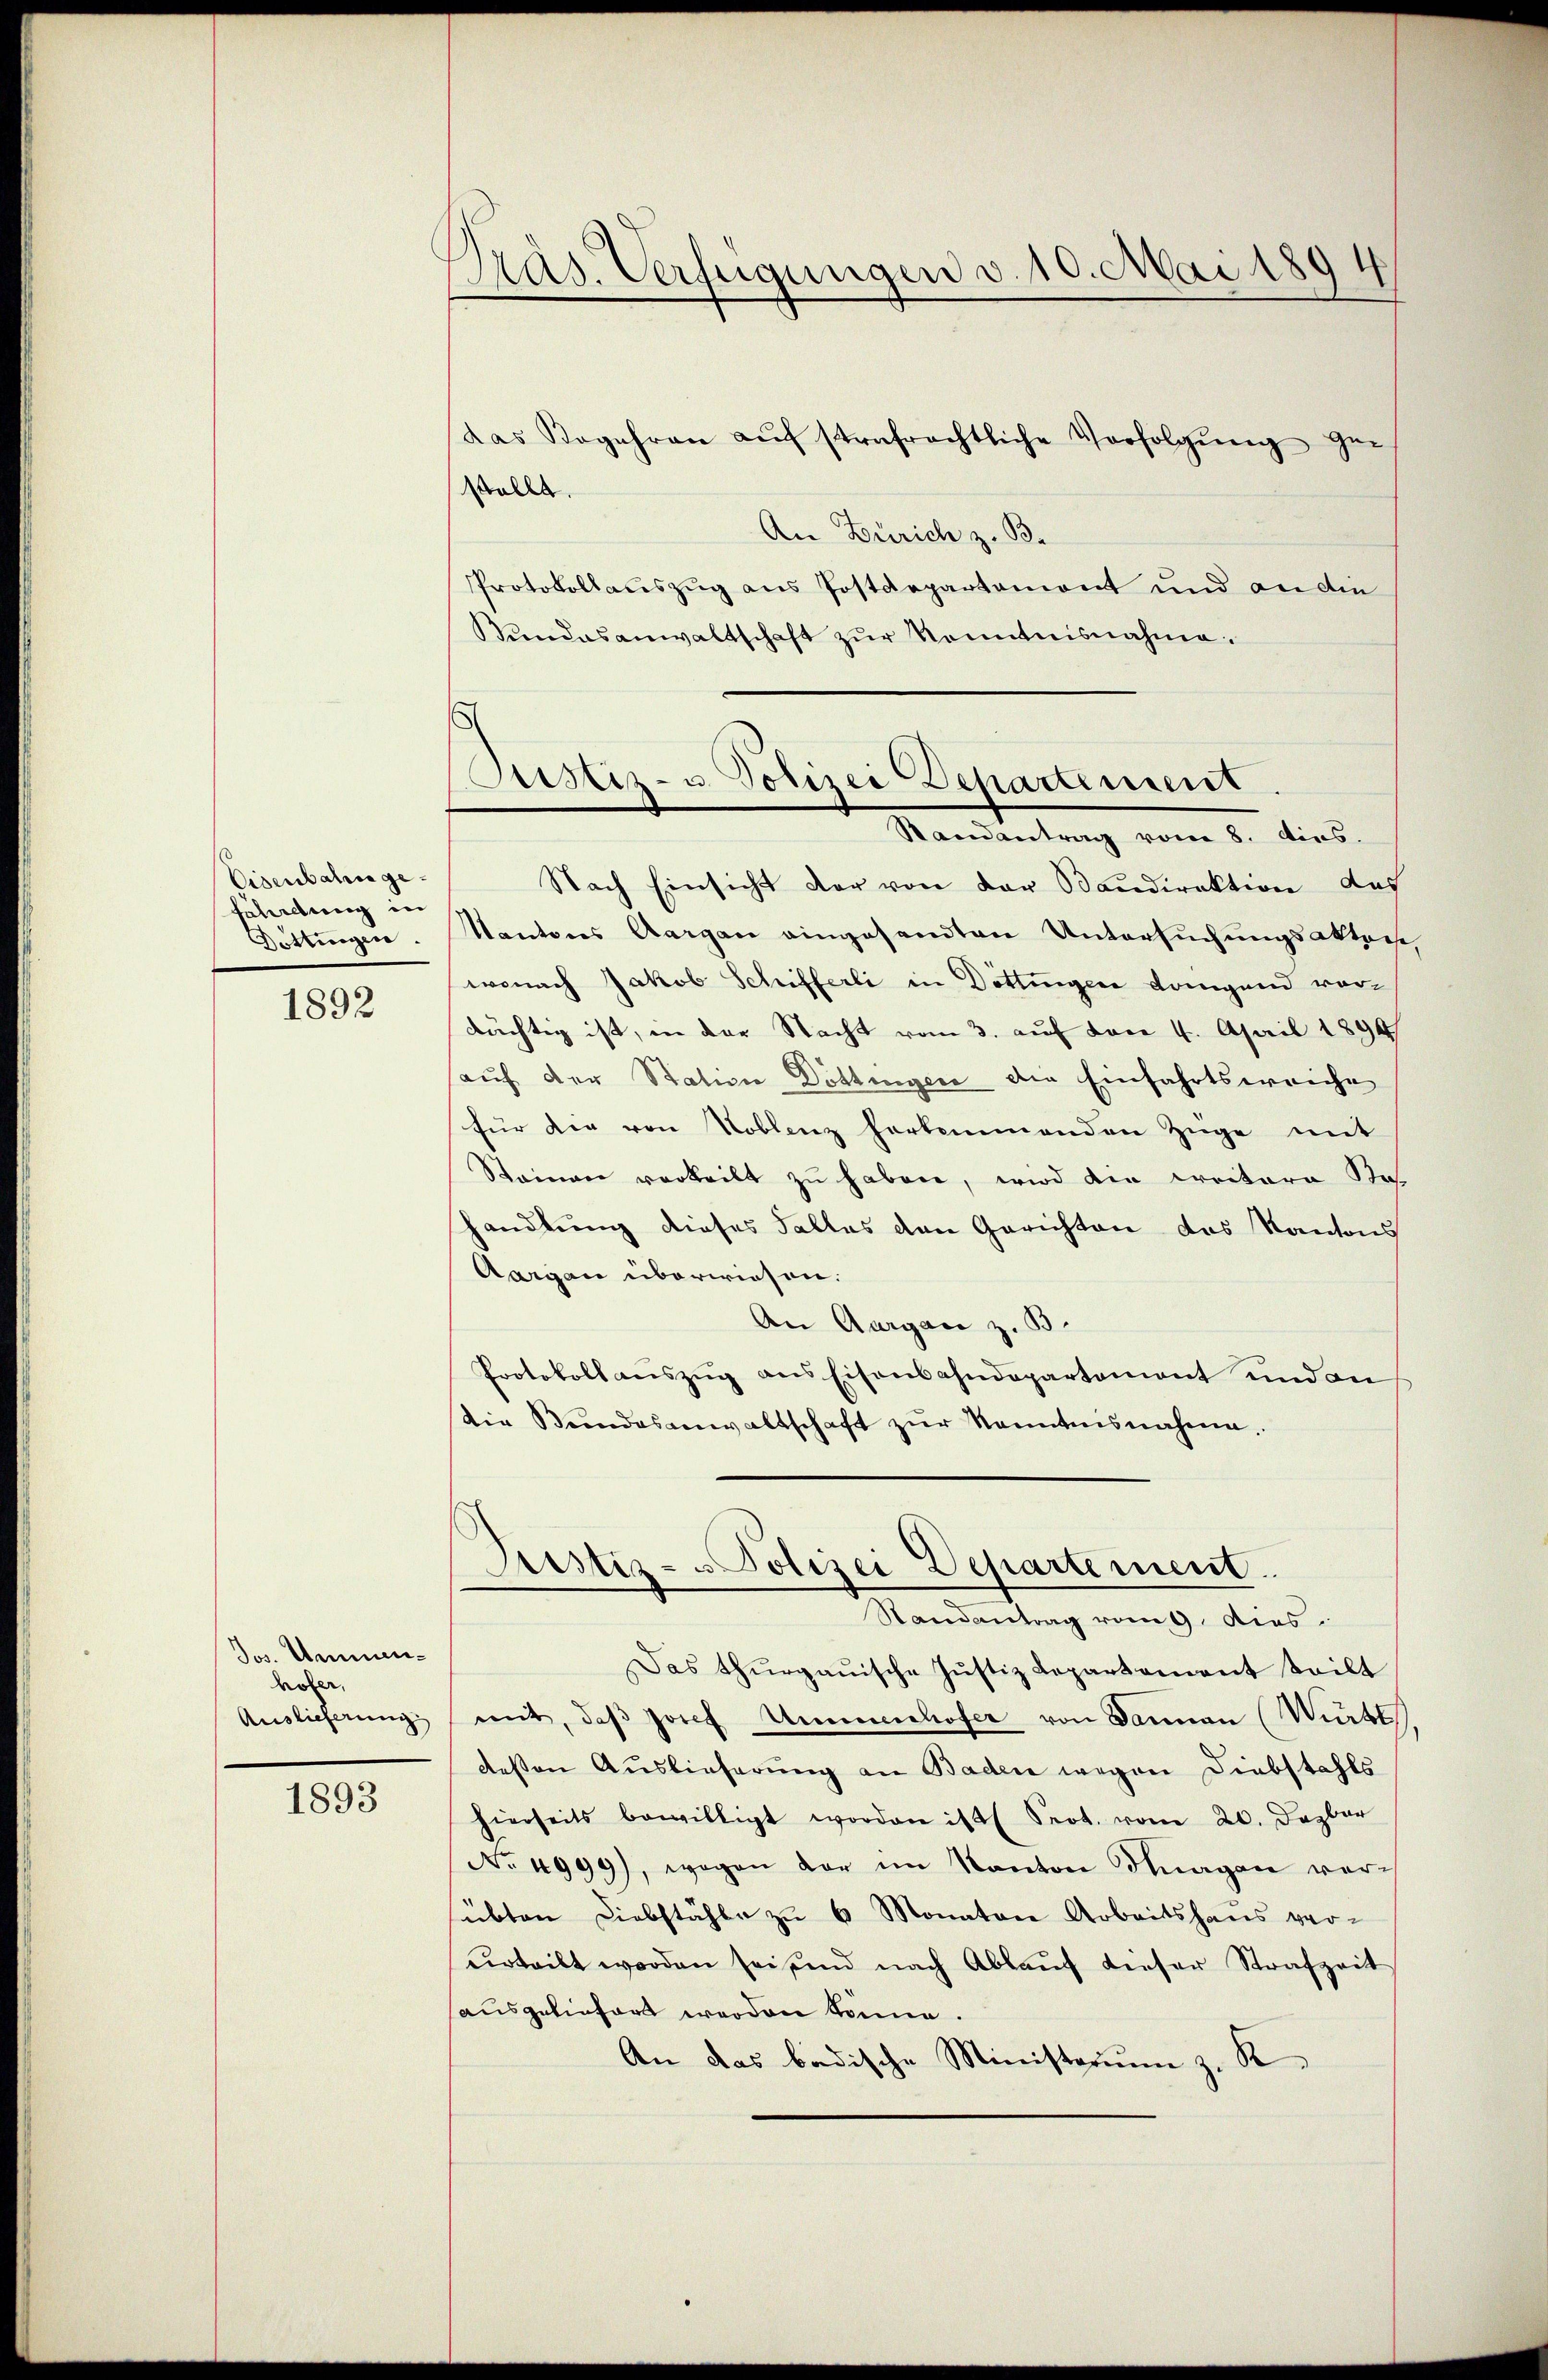
Eisenbahn geahrdung in
Döttingen.

1892

Jos. Ammenholer,
Auslieferung

1893

Pras. Verfügungen v. 10. Mai 1894

das Begehren aŭf strafrechtliche Verfolgŭng ge-
stellt.
An Zürich z. B.
Protokollauszug aus Postdepartemont und an die
Bundesanwaltschaft zur Kenntnisnahme.
Nach Einsicht der von der Baudirektion das
Kantons Aargau eingesandten Untersuchungsakters
wonach Jakob Schifferli in Dottingen Langend vordächtig ist, in der Nacht vom 3. auf von 4. April 1899
auf der Station Döttingen die Einfahrtsweiche
für die von Toblenz herkommenden Züge mit
Steinen vorteilt zu haben, wird den Creitere Bes
handlung dieses Falles den Gerichten das Kantons
Aargau überwiesen.
An Aargau z. B.
Protokoll aŭszŭg ans Eisenbahndepartement und an
Die Bŭndesanwaltschaft zŭr Kenntnisnahme.
Prustiz- u Polizei Departement.
Randantrag vom 9. dies
Das thurgauische Justiz Lopartament teilt
mit, daβ Josef Ammenhofer von Dannen (Württ
dessen Auslieferung an Baden wegen Diebstahls
hierseits bewilligt worden ist Prot. vom 20. Dezbar
No. 4999), wogen der im Kanton Tagen verübten Liebstähle zu 6 Monatore Arbeitshaus verurteilt worden sei und nach Ablauf dieser Strafzeit
ausgeliefert werden könne.
An das badische Ministerim z. K.

Justiz- u. Polizei Departement
Standentrag vom 8. dies